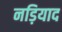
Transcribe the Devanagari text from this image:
नड़ियाद